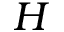
H